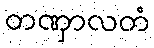
တဏှာလတံ